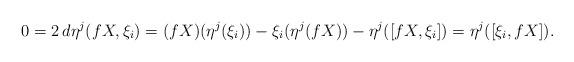
LaTeX: \begin{align*}0=2\,d\eta^j({f} X, \xi_i)=({f} X)(\eta^j(\xi_i)) - \xi_i(\eta^j({f} X)) - \eta^j([{f} X, \xi_i])=\eta^j([\xi_i, {f} X]).\end{align*}